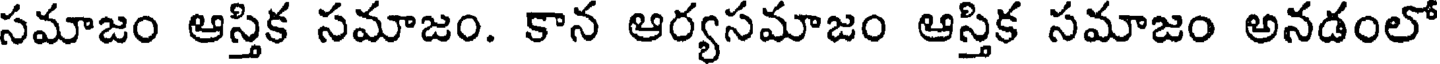
సమాజం ఆస్తిక సమాజం. కాన ఆర్యసమాజం ఆస్తిక సమాజం అనడంలో